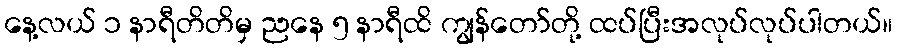
နေ့လယ် ၁ နာရီတိတိမှ ညနေ ၅ နာရီထိ ကျွန်တော်တို့ ထပ်ပြီးအလုပ်လုပ်ပါတယ်။